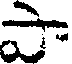
పా